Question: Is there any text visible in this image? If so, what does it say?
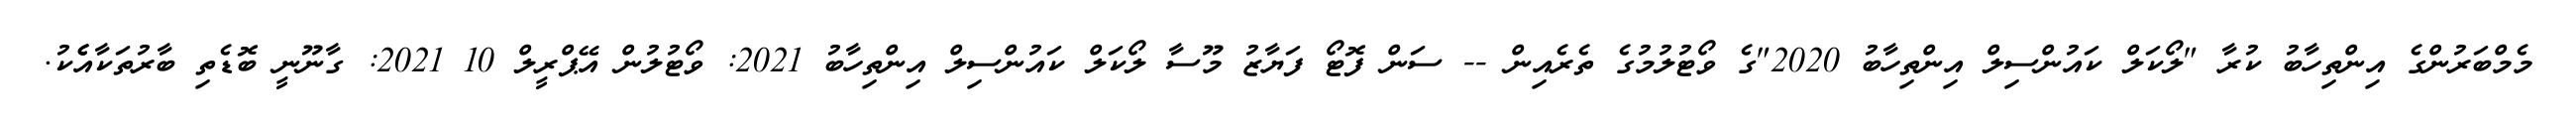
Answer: މެމްބަރުންގެ އިންތިހާބު ކުރާ "ލޯކަލް ކައުންސިލް އިންތިހާބު 2020"ގެ ވޯޓުލުމުގެ ތެރެއިން -- ސަން ފޮޓޯ ފަޔާޒު މޫސާ ލޯކަލް ކައުންސިލް އިންތިހާބު 2021: ވޯޓުލުން އޭޕްރީލް 10 2021: ގާނޫނީ ބޮޑެތި ބާރުތަކާއެެކު.